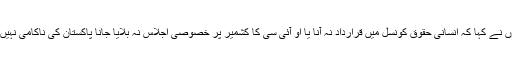
وائس آف امریکہ سے بات کرتے ہوئے انہوں نے کہا کہ انسانی حقوق کونسل میں قرارداد نہ آنا یا او آئی سی کا کشمیر پر خصوصی اجلاس نہ بلایا جانا پاکستان کی ناکامی نہیں بلکہ انسانیت اور جمہوریت کی ناکامی ہے۔